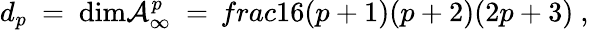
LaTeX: d_{p}\ =\ \mathrm{dim}{\cal A}_{\infty}^{p}\ =\, frac{1}{6}(p+1)(p+2)(2p+3)\ ,